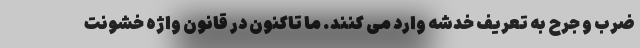
ضرب و جرح به تعریف خدشه وارد می کنند. ما تاکنون در قانون واژه خشونت